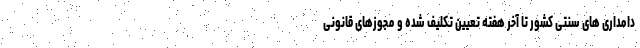
دامداری های سنتی کشور تا آخر هفته تعیین تکلیف شده و مجوزهای قانونی